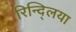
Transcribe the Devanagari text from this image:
रिन्द्लिया